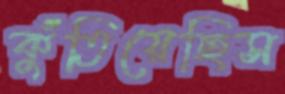
কুঁতিয়েছিস